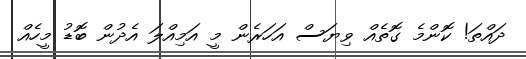
ދައްތަ! ކޮންމެ ގޮތެއް ވިޔަސް އަހަރެން މީ އަމިއްލަ އެދުން ބޮޑު މީހެއް